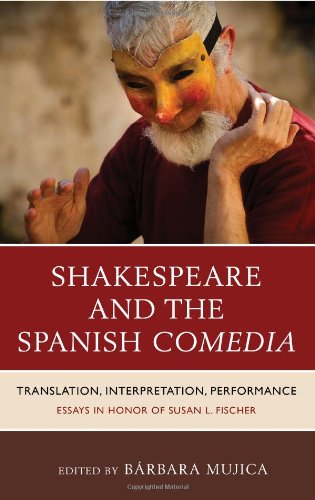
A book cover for Shakespeare and the Spanish Comedia: Translation, Interpretation, Performance: Essays in Honor of Susan L. Fischer; Literature & Fiction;